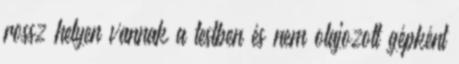
rossz helyen vannak a testben és nem olajozott gépként